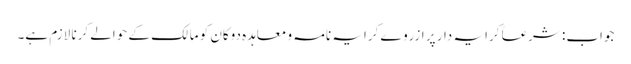
جواب: شرعاً کرایہ دار پر ازروے کرایہ نامہ و معاہدہ دوکان کو مالک کے حوالے کرنا لازم ہے۔